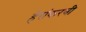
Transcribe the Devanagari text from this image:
हेरांकरवी